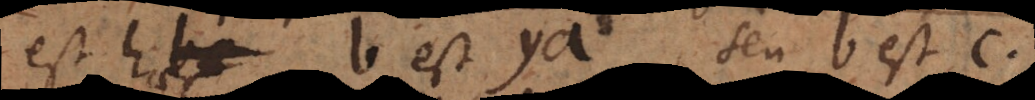
est haec b est ya, seu b est c,